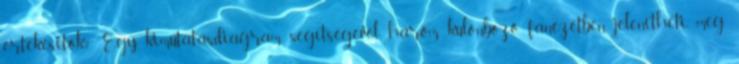
értékesítők? Egy kimutatásdiagram segítségével három különböző fanézetben jelenítheti meg